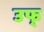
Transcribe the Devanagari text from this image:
उफ्‌